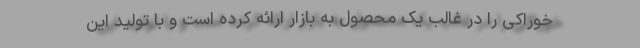
خوراکی را در غالب یک محصول به بازار ارائه کرده است و با تولید این